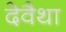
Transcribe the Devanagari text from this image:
देवैथा